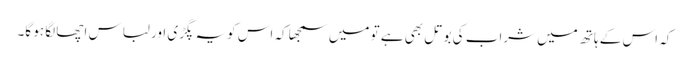
کہ اس کے ہاتھ میں شراب کی بوتل بھی ہے تو میں سمجھا کہ اس کویہ پگڑی اور لباس اچھا لگا ہو گا۔